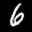
Label: 6